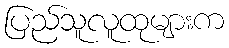
ပြည်သူလူထုများက